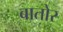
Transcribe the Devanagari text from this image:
बातोर